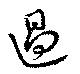
過